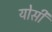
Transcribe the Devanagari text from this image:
योसी